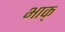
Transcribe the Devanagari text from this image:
भाक्‌